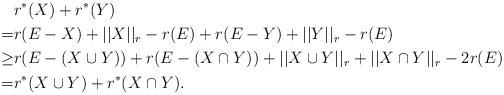
LaTeX: \begin{align*}& r^*(X)+r^*(Y)\\=& r(E-X)+||X||_r-r(E)+r(E-Y)+||Y||_r-r(E)\\\geq & r(E-(X\cup Y))+r(E-(X\cap Y))+||X\cup Y||_r+||X\cap Y||_r-2r(E)\\=& r^*(X\cup Y)+r^*(X\cap Y).\end{align*}